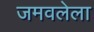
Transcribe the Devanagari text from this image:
जमवलेला